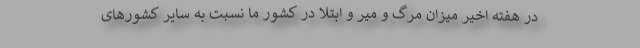
در هفته‌ اخیر میزان مرگ و میر و ابتلا در کشور ما نسبت به سایر کشورهای